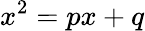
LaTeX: x^{2}=px+q